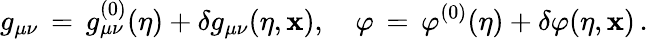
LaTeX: g_{\mu\nu}\, =\, g_{\mu\nu}^{(0)}(\eta)+\delta g_{\mu\nu}(\eta,{\mathbf x}),\quad\varphi\, =\, \varphi^{(0)}(\eta)+\delta\varphi(\eta,{\mathbf x})\, .